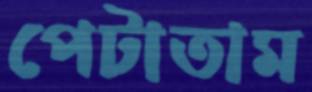
পেটাতাম